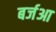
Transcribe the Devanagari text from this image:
बर्जआ